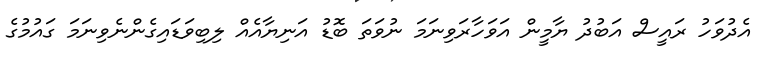
އެދުވަހު ރައީސް އަބުދު ޔާމީން އަވަހާރަވިނަމަ ނުވަތަ ބޮޑު އަނިޔާއެއް ލިބިވަޑައިގެންނެވިނަމަ ގައުމުގެ